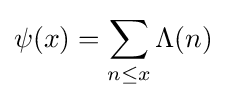
\psi (x)=\sum _{n\leq x}\Lambda (n)